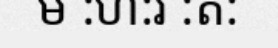
ម :ហ:រ :ត: